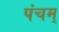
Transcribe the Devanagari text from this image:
पंचम्‌